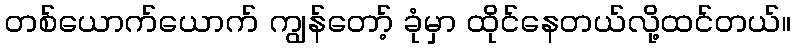
တစ်ယောက်ယောက် ကျွန်တော့် ခုံမှာ ထိုင်နေတယ်လို့ထင်တယ်။